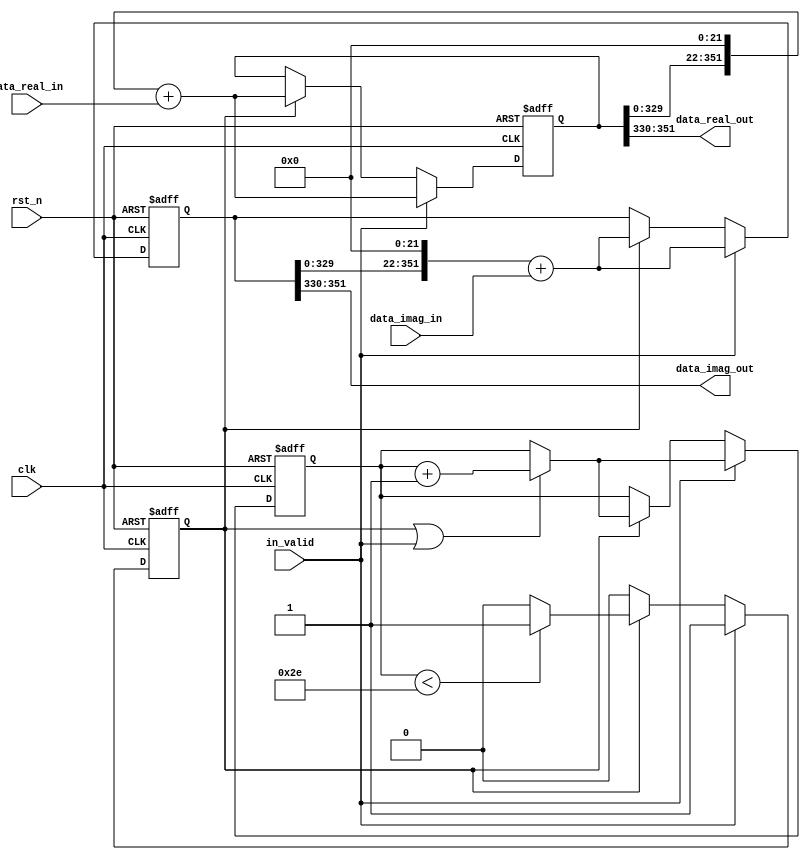
module shift_register_16(
    input clk,
    input in_valid,
    input rst_n,
    input signed [21:0] data_real_in,
    input signed [21:0] data_imag_in,
    output signed [21:0] data_real_out,
    output signed [21:0] data_imag_out
);
reg [5:0] nxt_counter,counter;
reg valid,nxt_valid;

reg [351:0] shift_register_real,shift_register_imag;
reg [351:0] t_shift_register_real,t_shift_register_imag;
assign data_real_out = shift_register_real[351:330];
assign data_imag_out = shift_register_imag[351:330];


always@(*)begin
    nxt_valid = (counter<46)?valid:'d0;
    nxt_counter = (valid || in_valid)?counter + 'd1:counter;
    t_shift_register_real = shift_register_real;
    t_shift_register_imag = shift_register_imag;
end


always@(posedge clk or negedge rst_n)begin
    if(!rst_n)begin
        counter <= 0;
        valid <= 0;
        shift_register_real <= 0;
        shift_register_imag <= 0;
    end
    else begin
        if(in_valid)begin
            shift_register_real <= (t_shift_register_real<<22) + data_real_in;
            shift_register_imag <= (t_shift_register_imag<<22) + data_imag_in;
            counter <= nxt_counter;
            valid <= in_valid;

        end
        else if(valid)begin
            shift_register_real <= (t_shift_register_real<<22) + data_real_in;
            shift_register_imag <= (t_shift_register_imag<<22) + data_imag_in;
            counter <= nxt_counter;
            valid <= nxt_valid;
        end
    end
end
endmodule